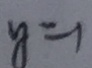
y = 1